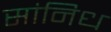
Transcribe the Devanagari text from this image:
सांनिध